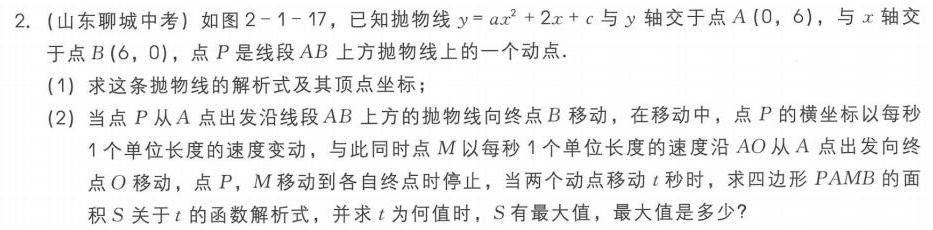
2. (山东聊城中考) 如图 \(2 - 1 - 17\)，已知抛物线 \(y = ax^{2}+2x + c\) 与 \(y\) 轴交于点 \(A(0,6)\)，与 \(x\) 轴交于点 \(B(6,0)\)，点 \(P\) 是线段 \(AB\) 上方抛物线上的一个动点.
(1) 求这条抛物线的解析式及其顶点坐标；
(2) 当点 \(P\) 从 \(A\) 点出发沿线段 \(AB\) 上方的抛物线向终点 \(B\) 移动，在移动中，点 \(P\) 的横坐标以每秒 \(1\) 个单位长度的速度变动，与此同时点 \(M\) 以每秒 \(1\) 个单位长度的速度沿 \(AO\) 从 \(A\) 点出发向终点 \(O\) 移动，点 \(P\)，\(M\) 移动到各自终点时停止，当两个动点移动 \(t\) 秒时，求四边形 \(PAMB\) 的面积 \(S\) 关于 \(t\) 的函数解析式，并求 \(t\) 为何值时，\(S\) 有最大值，最大值是多少?